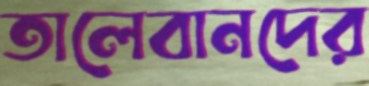
তালেবানদের